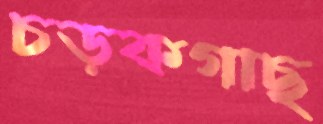
চড়কগাছ